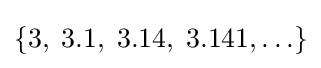
\{3,\;3.1,\;3.14,\;3.141,\ldots \}